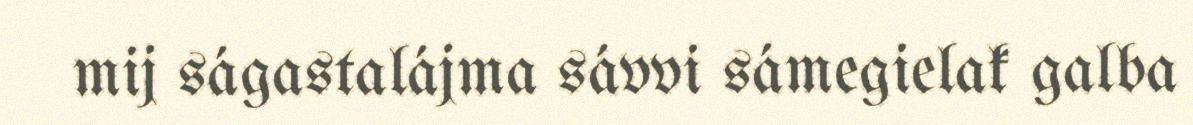
mij ságastalájma sávvi sámegielak galba